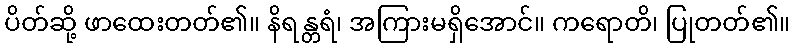
ပိတ်ဆို့ ဖာထေးတတ်၏။ နိရန္တရံ၊ အကြားမရှိအောင်။ ကရောတိ၊ ပြုတတ်၏။